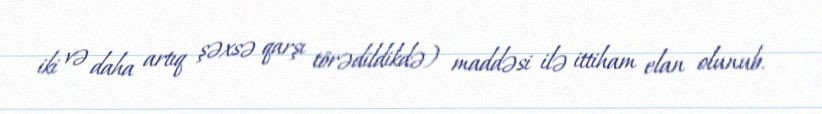
iki və daha artıq şəxsə qarşı törədildikdə) maddəsi ilə ittiham elan olunub.